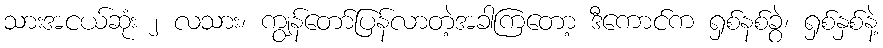
သားအငယ်ဆုံး ၂ လသား၊ ကျွန်တော်ပြန်လာတဲ့အခါကြတော့ ဒီကောင်က ရှစ်နစ်ခွဲ၊ ရှစ်နှစ်နဲ့